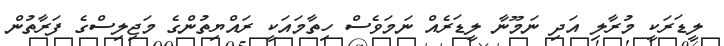
ލީޑަރަކީ މުރާލި އަދި ނަމޫނާ ލީޑަރެއް ނަމަވެސް ހިތާމައަކީ ރައްޔިތުންގެ މަޖިލިސްގެ ފަރާތުން